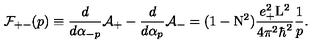
{ \cal F } _ { + - } ( p ) \equiv \frac { d } { d { \alpha } _ { - p } } { \cal A } _ { + } - \frac { d } { d { \alpha } _ { p } } { \cal A } _ { - } = ( 1 - \mathrm { N } ^ { 2 } ) \frac { e _ { + } ^ { 2 } \mathrm { L } ^ { 2 } } { 4 { \pi } ^ { 2 } { \hbar } ^ { 2 } } \frac { 1 } { p } .